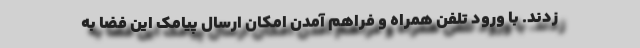
‌زدند. با ورود تلفن همراه و فراهم آمدن امکان ارسال پیامک این فضا به